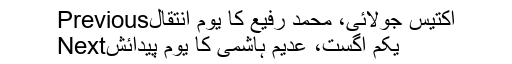
Previousاکتیس جولائی، محمد رفیع کا یومِ انتقال
Nextیکم اگست، عدیم ہاشمی کا یومِ پیدائش